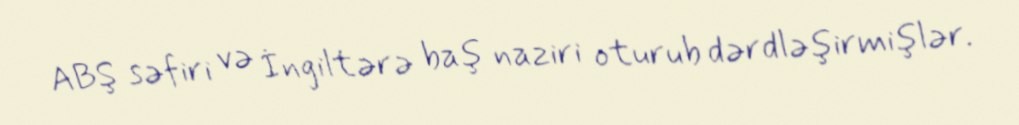
ABŞ səfiri və İngiltərə baş naziri oturub dərdləşirmişlər.